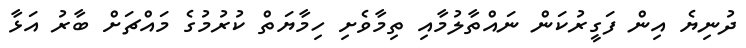
ދުނިޔެ އިން ފަގީރުކަން ނައްތާލުމާއި ތިމާވެށި ހިމާޔަތް ކުރުމުގެ މައްޗަށް ބާރު އަޅާ